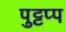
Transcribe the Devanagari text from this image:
पुट्टप्प